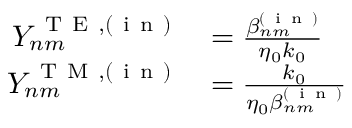
\begin{array} { r l } { Y _ { n m } ^ { \mathrm { ~ T ~ E ~ } , ( \mathrm { ~ i ~ n ~ } ) } } & { { } = \frac { \beta _ { n m } ^ { ( \mathrm { ~ i ~ n ~ } ) } } { \eta _ { 0 } k _ { 0 } } } \\ { Y _ { n m } ^ { \mathrm { ~ T ~ M ~ } , ( \mathrm { ~ i ~ n ~ } ) } } & { { } = \frac { k _ { 0 } } { \eta _ { 0 } \beta _ { n m } ^ { ( \mathrm { ~ i ~ n ~ } ) } } } \end{array}